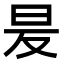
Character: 𭥒